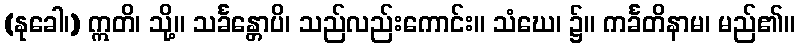
(နုခေါ၊) ဣတိ၊ သို့။ သင်္ခန္တောပိ၊ သည်လည်းကောင်း။ သံဃေ၊ ၌။ ကင်္ခတိနာမ၊ မည်၏။